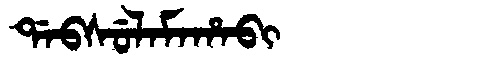
Manchu: ᡩᠠᠪᠰᡠᠯᠠᠮᠠᡥᠠᠪᡳ
Romanization: DABSULAMAHABI